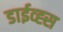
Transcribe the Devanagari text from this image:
डाईव्ह्स